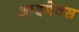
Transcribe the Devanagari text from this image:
आइमेक्स